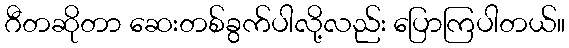
ဂီတဆိုတာ ဆေးတစ်ခွက်ပါလို့လည်း ပြောကြပါတယ်။